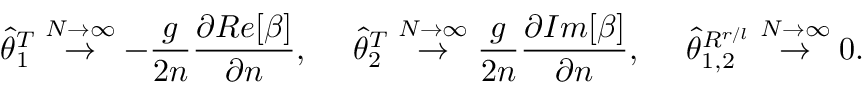
\widehat { \theta } _ { 1 } ^ { T } \stackrel { N \rightarrow \infty } { \rightarrow } - \frac { g } { 2 n } \frac { \partial R e [ \beta ] } { \partial n } , \ \ \ \ \widehat { \theta } _ { 2 } ^ { T } \stackrel { N \rightarrow \infty } { \rightarrow } \frac { g } { 2 n } \frac { \partial I m [ \beta ] } { \partial n } , \ \ \ \ \widehat { \theta } _ { 1 , 2 } ^ { R ^ { r / l } } \stackrel { N \rightarrow \infty } { \rightarrow } 0 .